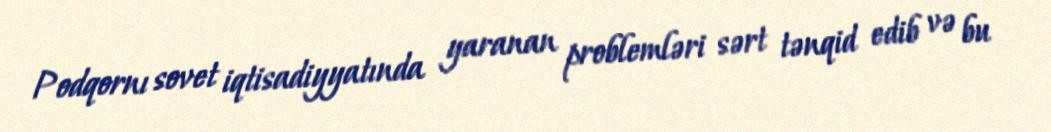
Podqornı sovet iqtisadiyyatında yaranan problemləri sərt tənqid edib və bu